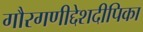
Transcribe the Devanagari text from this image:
गौरगणीद्देशदीपिका